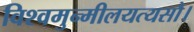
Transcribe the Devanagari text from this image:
विश्वमुन्मीलयत्यसौ।